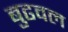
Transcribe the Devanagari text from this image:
बुढवल